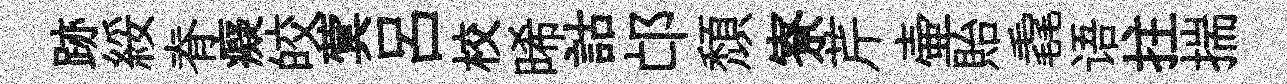
跡綏脊癡皎蓂吕校晞詁邙頽寮芹壷貽毳语拄揣